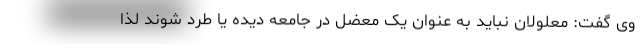
وی گفت: معلولان نباید به عنوان یک معضل در جامعه دیده یا طرد شوند لذا